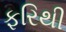
ફરિથી